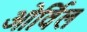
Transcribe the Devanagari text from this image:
ओर्विल